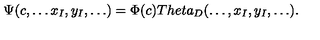
\Psi ( c , \dots x _ { I } , y _ { I } , \dots ) = \Phi ( c ) T h e t a _ { D } ( \dots , x _ { I } , y _ { I } , \dots ) .